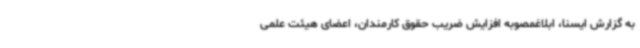
به گزارش ایسنا، ابلاغمصوبه افزایش ضریب حقوق کارمندان، اعضای هیئت علمی